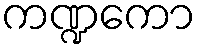
ကဏ္ဍကော